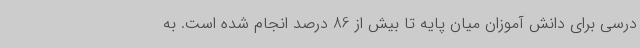
درسی برای دانش آموزان میان پایه تا بیش از 86 درصد انجام شده است. به